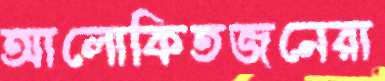
আলোকিতজনেরা